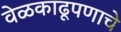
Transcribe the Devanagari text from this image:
वेळकाढूपणाचे